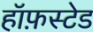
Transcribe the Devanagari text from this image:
हॉफ़स्टेड